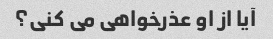
آیا از او عذرخواهی می کنی؟